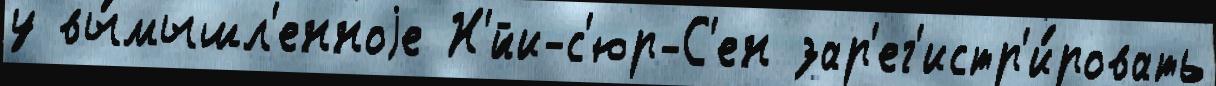
у вы́мышл'енноjе Н'́йи-с'юр-С'ен зар'ег'истр'и́ровать